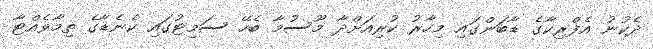
ދެކުނު އެފްރިކާގެ ޑާބަންގައި މިހާރު ކުރިއަށްދާ މޫސުމާ ބެހޭ ސަމިޓުގައި ކެނެޑާގެ ތިމާވެއްޓާ